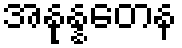
အနုန္နတေန